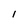
Character: l